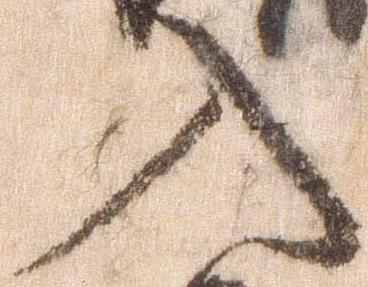
入